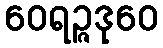
ဝေရဉ္ဇဒုဝေ